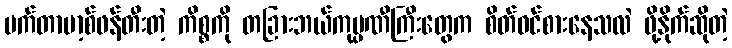
မက်တာဗာ့စ်ဖန်တီးတဲ့ ကိစ္စကို တခြားဘယ်ကုမ္ပဏီကြီးတွေက စိတ်ဝင်စားနေသလဲ ဖို့နိုက်ဆိုတဲ့